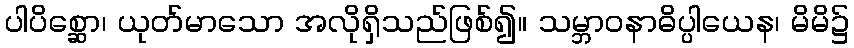
ပါပိစ္ဆော၊ ယုတ်မာသော အလိုရှိသည်ဖြစ်၍။ သမ္ဘာဝနာဓိပ္ပါယေန၊ မိမိ၌